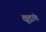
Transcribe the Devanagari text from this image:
क्षुद्रांत